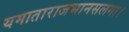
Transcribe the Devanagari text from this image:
यमाताराजभानसलगा।